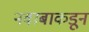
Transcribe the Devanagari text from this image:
नवाबाकडून